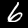
Label: 6